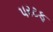
પરટફ